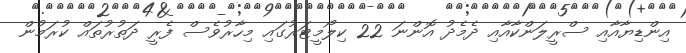
އިންޑިޔާއާއި ސްރީލަންކާއާއި ދެމެދު އޮންނަ 22 ކިލޯމީޓަރުގައި މިހާރުވެސް ފެރީ ދަތުރުތައް ކުރަމުން